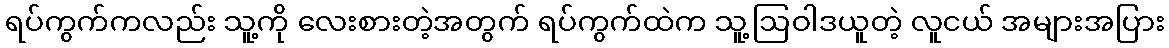
ရပ်ကွက်ကလည်း သူ့ကို လေးစားတဲ့အတွက် ရပ်ကွက်ထဲက သူ့ဩဝါဒယူတဲ့ လူငယ် အများအပြား